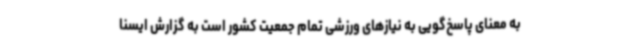
به معنای پاسخ‌گویی به نیازهای ورزشی تمام جمعیت کشور است به گزارش ایسنا